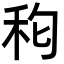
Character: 𮂵